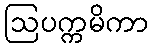
ဩပက္ကမိကာ